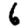
Digit: 6